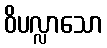
ဝိပလ္လာသော